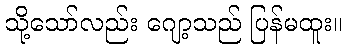
သို့သော်လည်း ဂျော့သည် ပြန်မထူး။